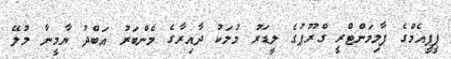
ޕީޕީއެމްގެ ޕާލިމަންޓްރީ ގްރޫޕުގެ ލީޑަރު މުލަކު ދާއިރާގެ މެންބަރު އަބްދު ޔާމީނާ މުލޭ